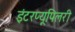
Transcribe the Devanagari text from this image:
इंटरप्यूपिलरी